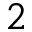
2